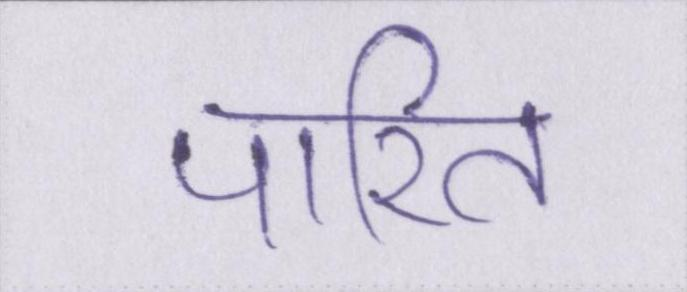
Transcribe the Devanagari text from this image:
पारित